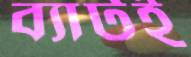
ব্যাটই